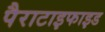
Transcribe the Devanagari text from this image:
पैराटाइफाइड